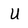
Character: U